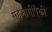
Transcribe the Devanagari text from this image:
सहभागींपैकी